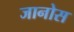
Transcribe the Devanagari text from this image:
जानोस